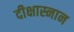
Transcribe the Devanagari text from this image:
दीक्षास्नान